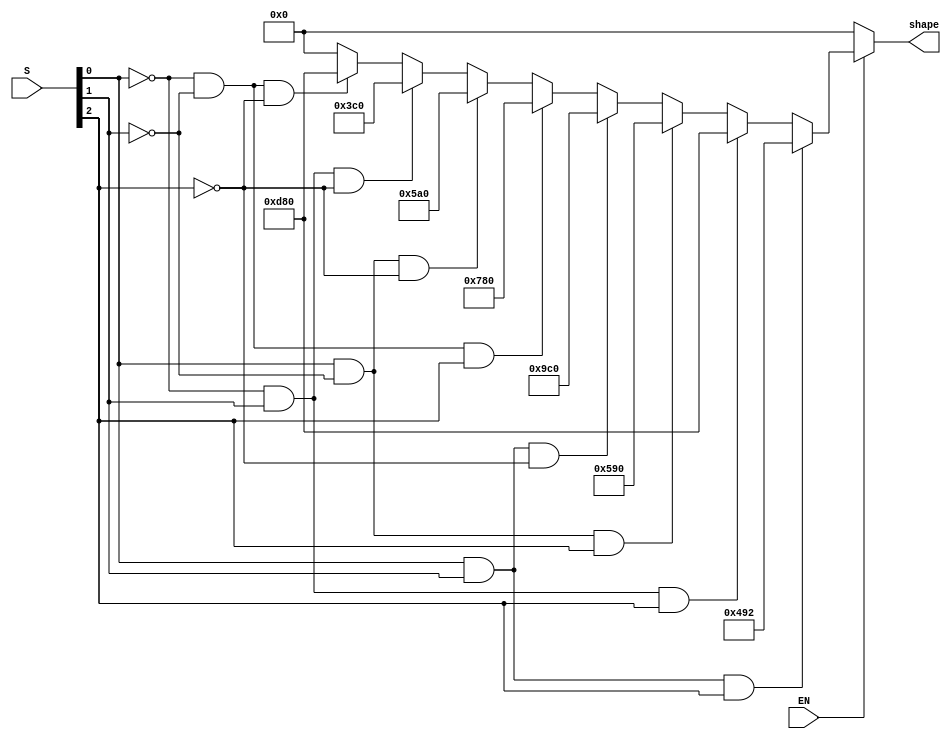
module create_block (
    input wire [2:0] S,
    input wire EN,
    output wire [11:0] shape
);

wire [11:0] position1, position2, position3, position4, position5, position6, position7;
assign position1 = 12'b010010010010;
assign position2 = 12'b110110000000;
assign position3 = 12'b010110010000;
assign position4 = 12'b100111000000;
assign position5 = 12'b011110000000;
assign position6 = 12'b010110100000;
assign position7 = 12'b001111000000; 

wire [7:0] sig;
assign sig[0] = S[0] & S[1] & S[2];
assign sig[1] = ~S[0] & S[1] & S[2];
assign sig[2] = S[0] & ~S[1] & S[2];
assign sig[3] = S[0] & S[1] & ~S[2];
assign sig[4] = ~S[0] & ~S[1] & S[2];
assign sig[5] = S[0] & ~S[1] & ~S[2];
assign sig[6] = ~S[0] & S[1] & ~S[2];
assign sig[7] = ~S[0] & ~S[1] & ~S[2];

assign shape = EN?
              (sig[0]? position1:
               sig[1]? position2:
               sig[2]? position3:
               sig[3]? position4:
               sig[4]? position5:
               sig[5]? position6:
               sig[6]? position7:
               sig[7]? position2:0):
               0;

endmodule